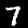
Label: 7